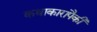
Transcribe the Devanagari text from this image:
कथाकारांपैकी